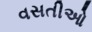
વસતીઓ